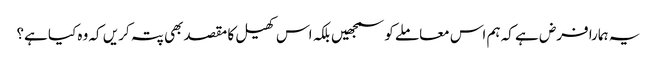
یہ ہمارا فرض ہے کہ ہم اس معاملے کو سمجھیں بلکہ اس کھیل کا مقصد بھی پتہ کریں کہ وہ کیا ہے؟